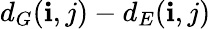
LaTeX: d_{G}(\mathbf{i},j)-d_{E}(\mathbf{i},j)